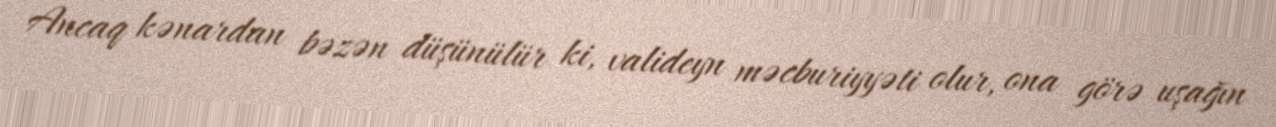
Ancaq kənardan bəzən düşünülür ki, valideyn məcburiyyəti olur, ona görə uşağın